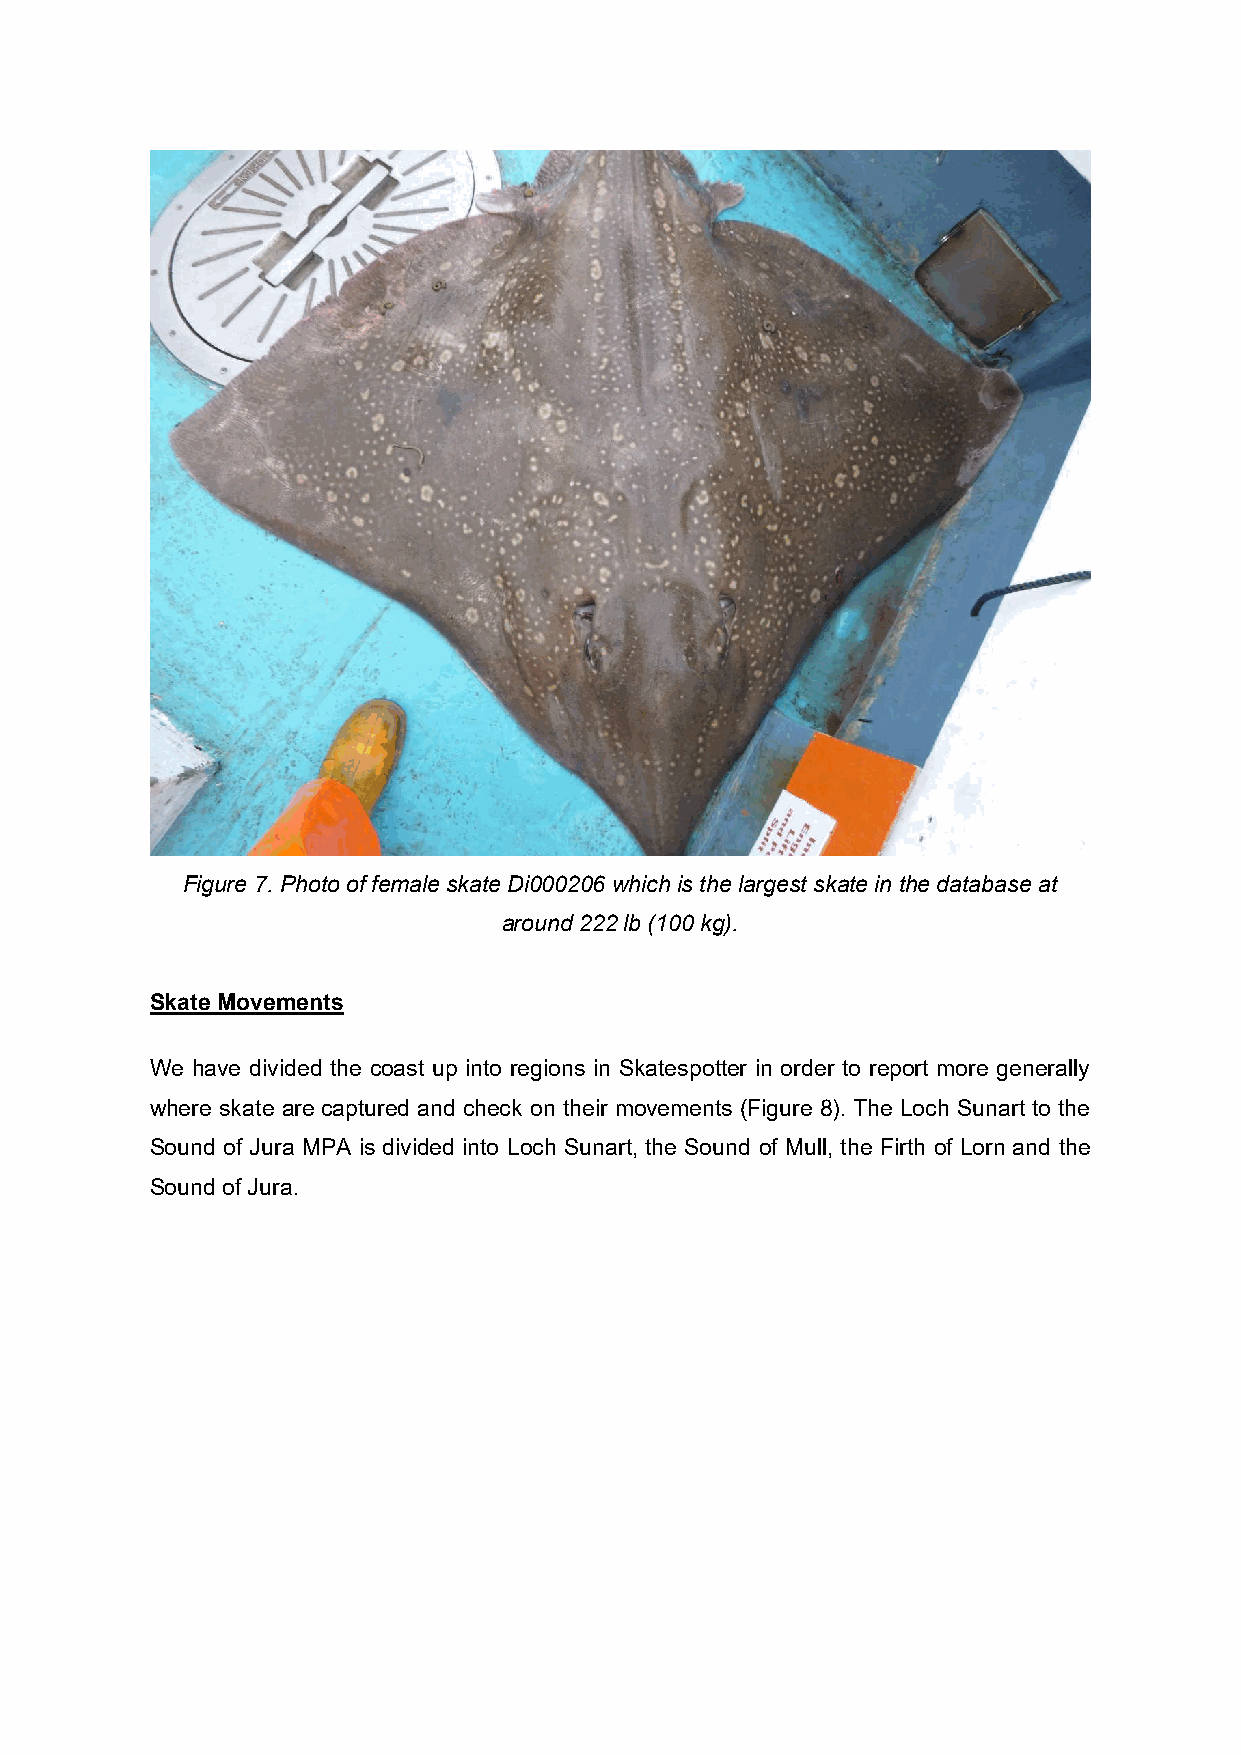
Figure 7. Photo of female skate Di000206 which is the largest skate in the database at
 around 222 lb (100 kg).
 Skate Movements
 We have divided the coast up into regions in Skatespotter in order to report more generally
 where skate are captured and check on their movements (Figure 8). The Loch Sunart to the
 Sound of Jura MPA is divided into Loch Sunart, the Sound of Mull, the Firth of Lorn and the
 Sound of Jura.